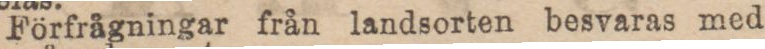
Förfrågningar från landsorten besvaras med